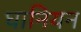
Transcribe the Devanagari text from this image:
घानियन